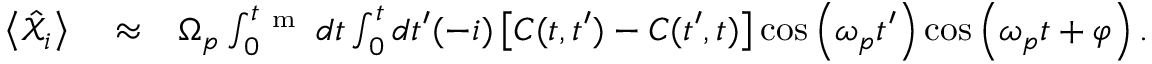
\begin{array} { r l r } { \left< \hat { \mathcal X } _ { i } \right> } & { { } \approx } & { \Omega _ { p } \int _ { 0 } ^ { t _ { \mathrm { ~ m ~ } } } d t \int _ { 0 } ^ { t } d t ^ { \prime } ( - i ) \left[ C ( t , t ^ { \prime } ) - C ( t ^ { \prime } , t ) \right] \cos \left( \omega _ { p } t ^ { \prime } \right) \cos \left( \omega _ { p } t + \varphi \right) . } \end{array}